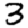
Digit: 3